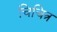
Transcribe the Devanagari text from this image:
चिचित्र